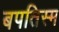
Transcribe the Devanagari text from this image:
बपतिस्म